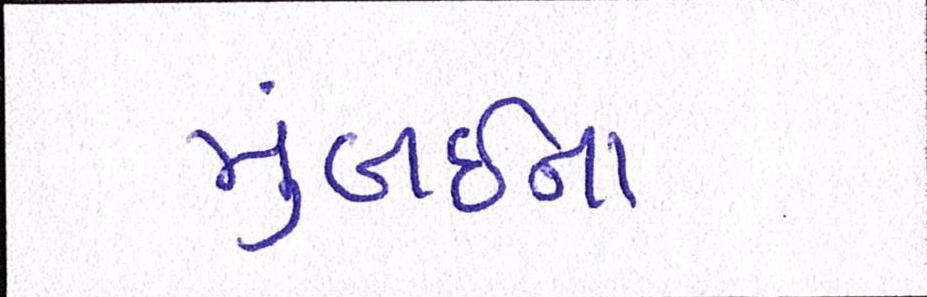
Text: મુંબઇના